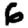
Digit: 6